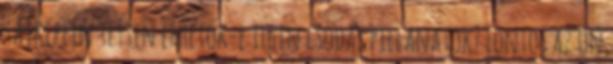
tájképein tetten érhetők-e ilyen csodás pillanatok? Fontos az Ön